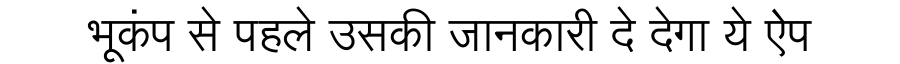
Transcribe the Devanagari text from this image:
भूकंप से पहले उसकी जानकारी दे देगा ये ऐप